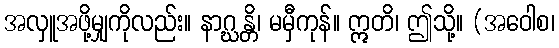
အလှူအဖို့မျှကိုလည်း။ နာဂ္ဃန္တိ၊ မမှီကုန်။ ဣတိ၊ ဤသို့။ (အဝေါစ၊